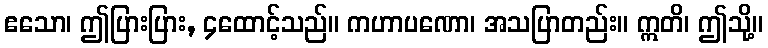
ဧသော၊ ဤပြားပြား, ၄ထောင့်သည်။ ကဟာပဏော၊ အသပြာတည်း။ ဣတိ၊ ဤသို့။